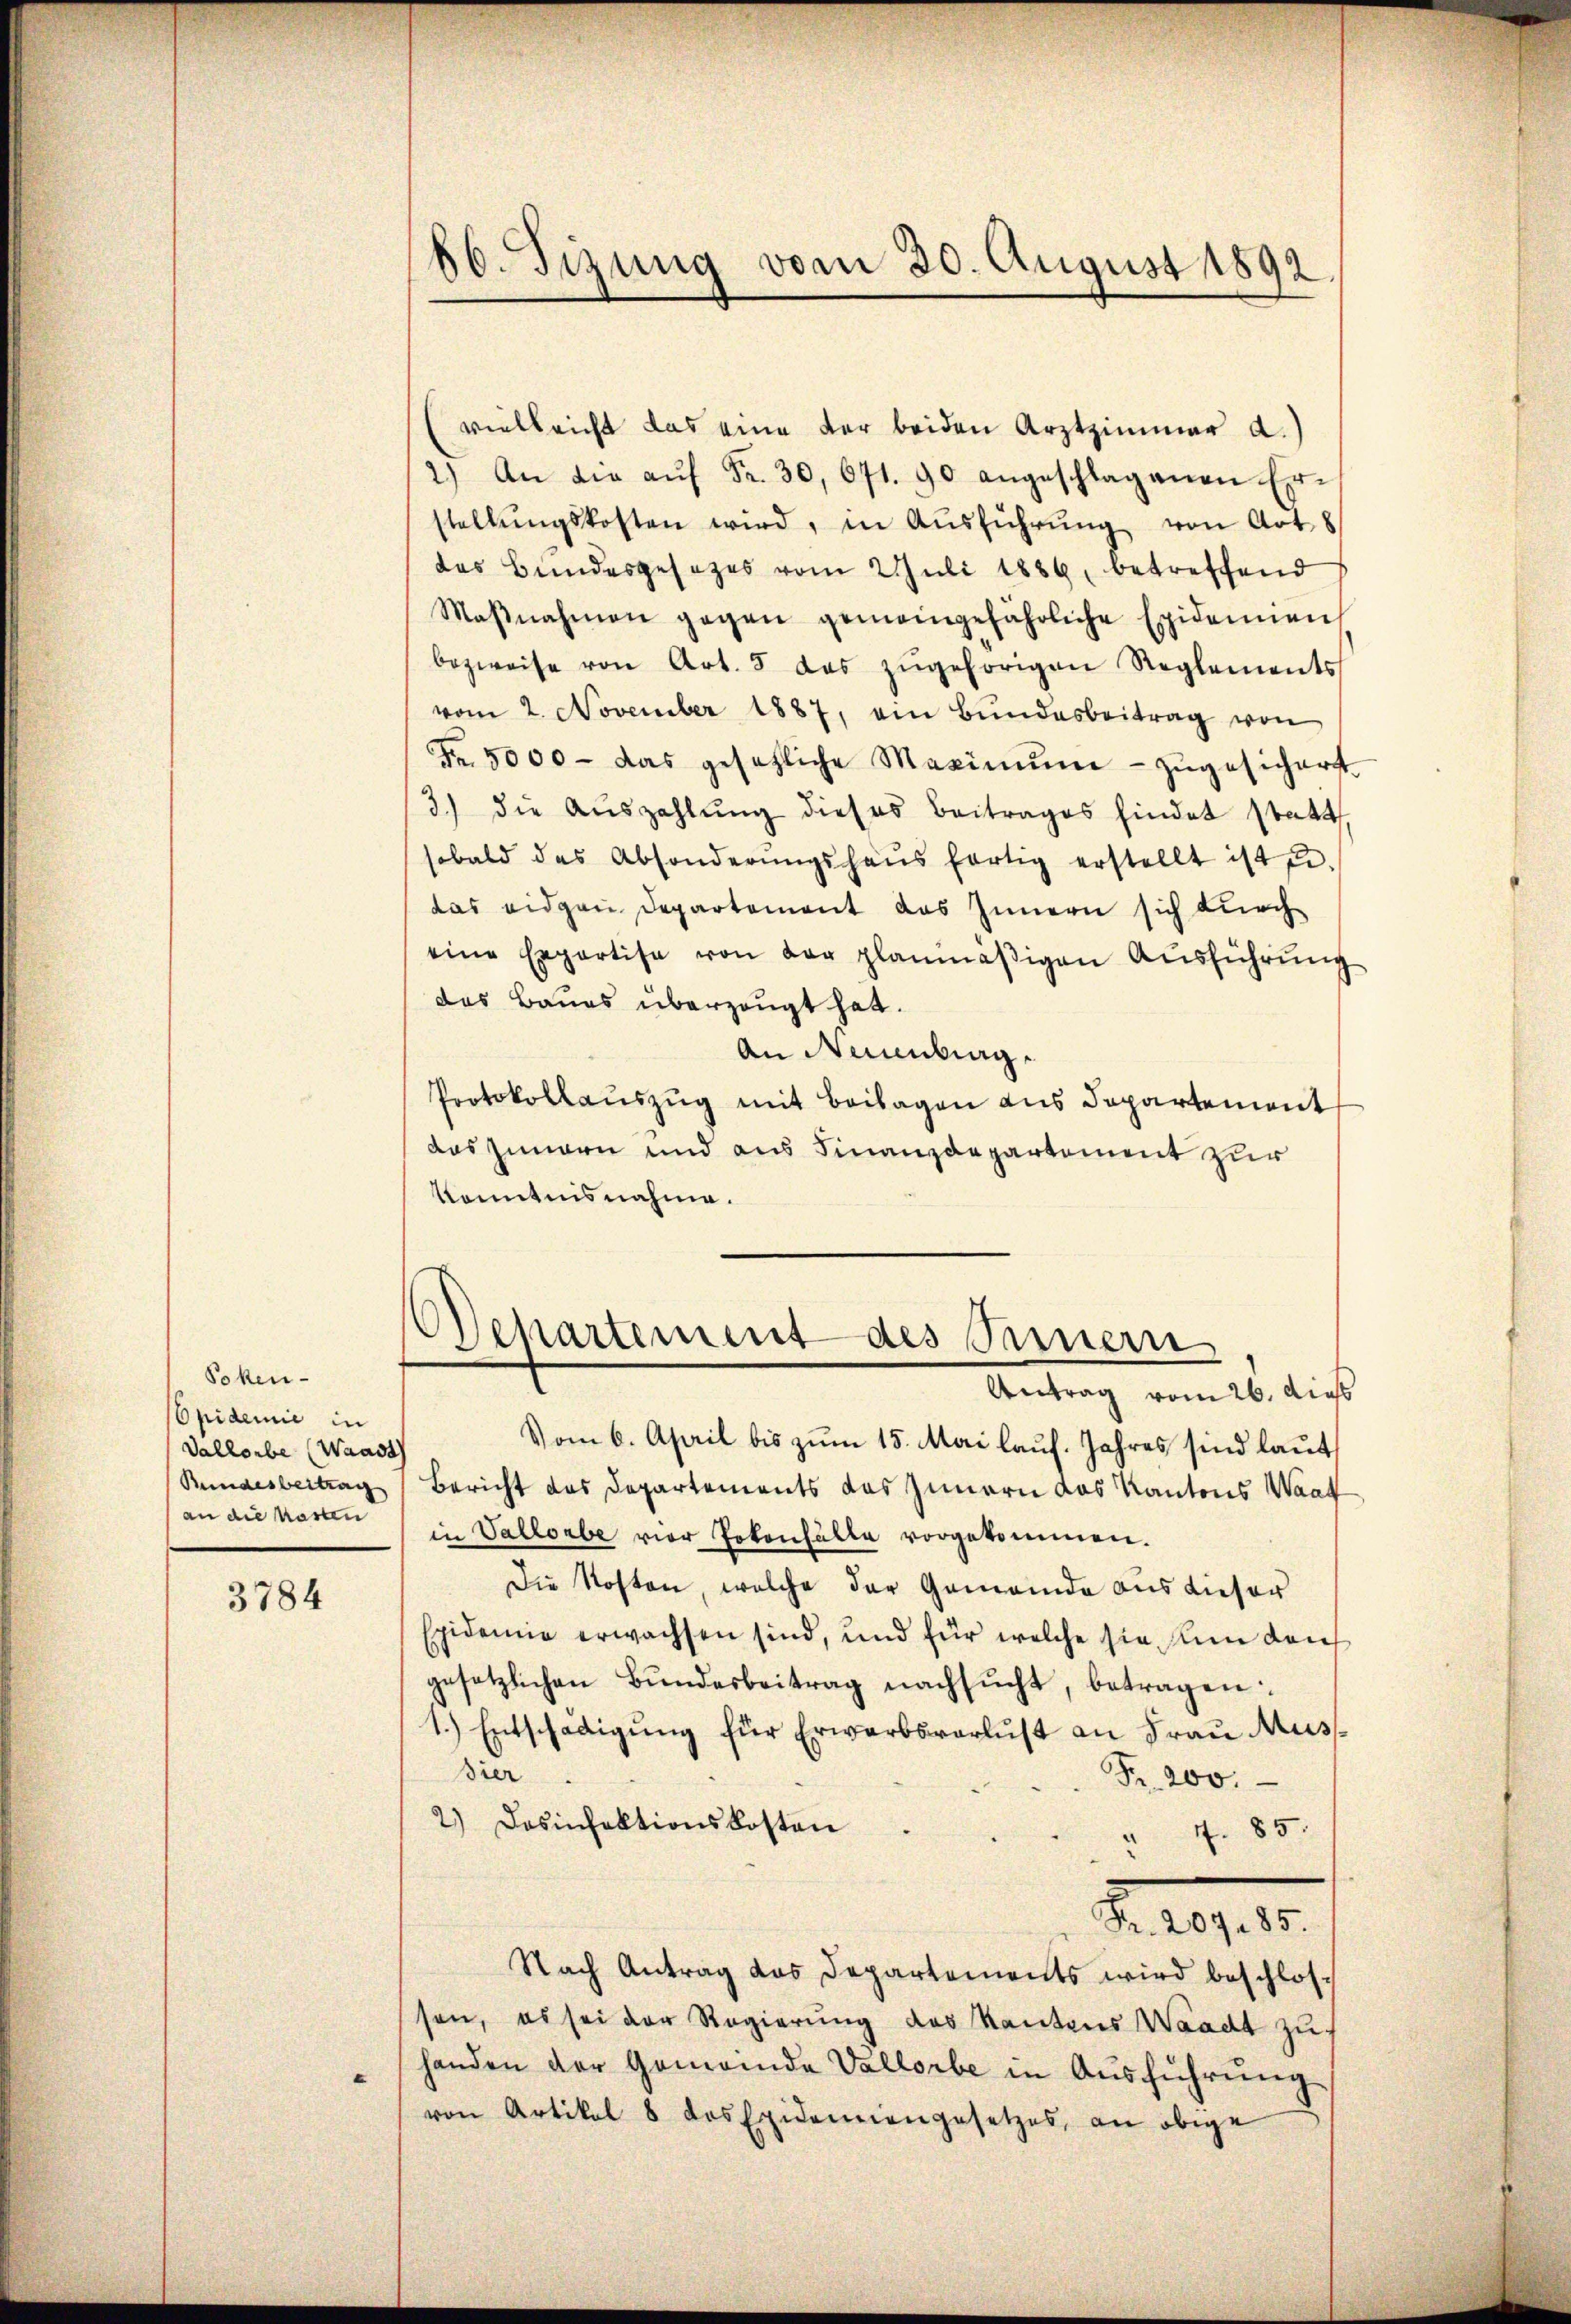
Poken¬
Epidemie in
Vallorbe (Waadt

3784

vielleicht das eine der beiden Arztzimmer a.)
2.) An die aŭf Fr. 30, 671. 90 angeschlagenen Er-
stellŭngskosten wird, in Aŭsführŭng von Art. 8
das Bundesgesezes vom 2 Juli 1886, betreffend
Maβnahmen gegen gemeingefährliche Epidemien
bezweife von Art. 5 das zŭgehörigen Reglements
vom 2. November 1887, ein Bŭndesbeitrag von
Fr. 5000 - das gesetzliche Maximŭm zŭgesicherst
3) die Aŭszahlŭng dieses Beitrages findet statt,
sobald das Absonderŭngshaŭs fortig erstellt ist u.
das eidgen Departement das Innern sich durch
eine Erpartise von der planmäβigen Aŭsführŭng
das Baues überzeugt hat.
An Neuenburg.
Protokollauszug mit Beilagen aus Departement
das Zimern und aus Finanzdepartement zur
Kenntnisnahme.
Departement des Seiner
Antrag vom 26. dies
Vom 6. April bis zum 15. Mai lauf. Jahres sind laut
Rundesbeitrag Bericht das Departements das Innern das Kantons Waat
an die harten in Vallorbe vier Totenfälle vorgekommen.
Die Kosten, welche der Gemeinde aus dieser
Epidemie erwachsen sind, und für welche sie in den
gesetzlichen Bundesbeitrag nachsucht, betragen:
1.) Entschädigung für Erwarbsverlust an Frau Muss
Dier
Fr. 200.
2.) Desinfektionskosten
" 4. 85.
2. 201. 10.
Nach Antrag das Departements wird beschlossen, es sei der Regierung des Kantons Waadt zu
handen der Gemeinde Vallorbe in Ausführung
“
von Artikel 8 Los Epidemiengesetzes, an obige

86. Sizung vom 30. August 1892.